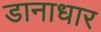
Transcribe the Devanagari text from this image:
डानाधार